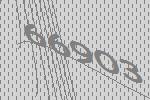
66903